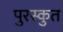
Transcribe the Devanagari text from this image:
पुरस्कुत